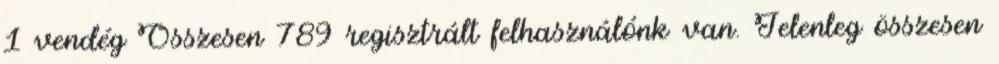
1 vendég Összesen 789 regisztrált felhasználónk van. Jelenleg összesen